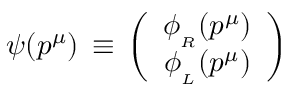
\psi ( p ^ { \mu } ) \, \equiv \, \left( \begin{array} { c } { { \phi _ { _ R } ( p ^ { \mu } ) } } \\ { { \phi _ { _ L } ( p ^ { \mu } ) } } \end{array} \right)